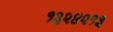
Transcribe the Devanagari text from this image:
१३२४२१३